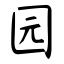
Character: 园